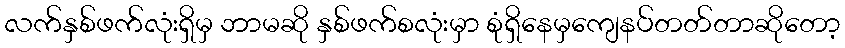
လက်နှစ်ဖက်လုံးရှိမှ ဘာမဆို နှစ်ဖက်စလုံးမှာ စုံရှိနေမှကျေနပ်တတ်တာဆိုတော့